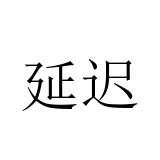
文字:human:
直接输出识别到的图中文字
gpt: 延迟